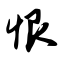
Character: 恨